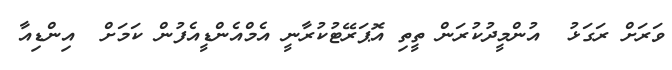
ވަރަށް ރަގަޅު  އުންމީދުކުރަން ތީތި އޮޕަރޭޓުކުރާނީ އެމްއެންޑީއެފުން ކަމަށް  އިންޑިއާ